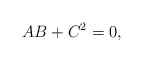
\begin{align*}AB + C^2 = 0,\end{align*}